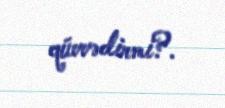
qüvvədirmi?.